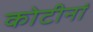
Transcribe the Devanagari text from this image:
कोटीनां